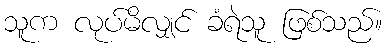
သူက လုပ်မိလျှင် ခံရဲသူ ဖြစ်သည်။